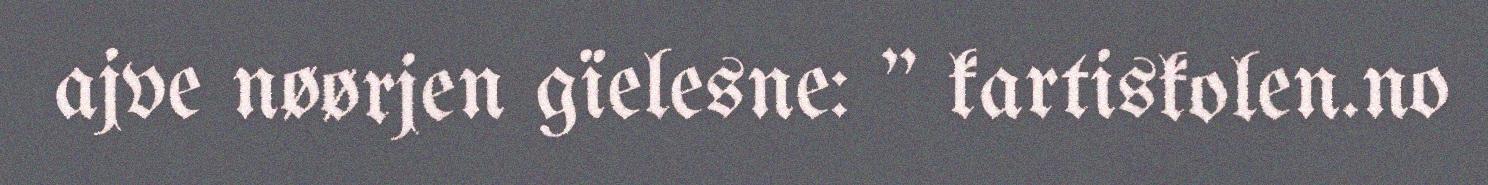
ajve nøørjen gïelesne: " kartiskolen.no